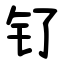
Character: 钌